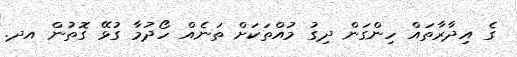
ގެ އިދާރާތައް ހިންގަން ދިގު މުއްތަކަށް ތަނެއް ހޯދުމާ ގުޅޭ ގޮތުން އދ.